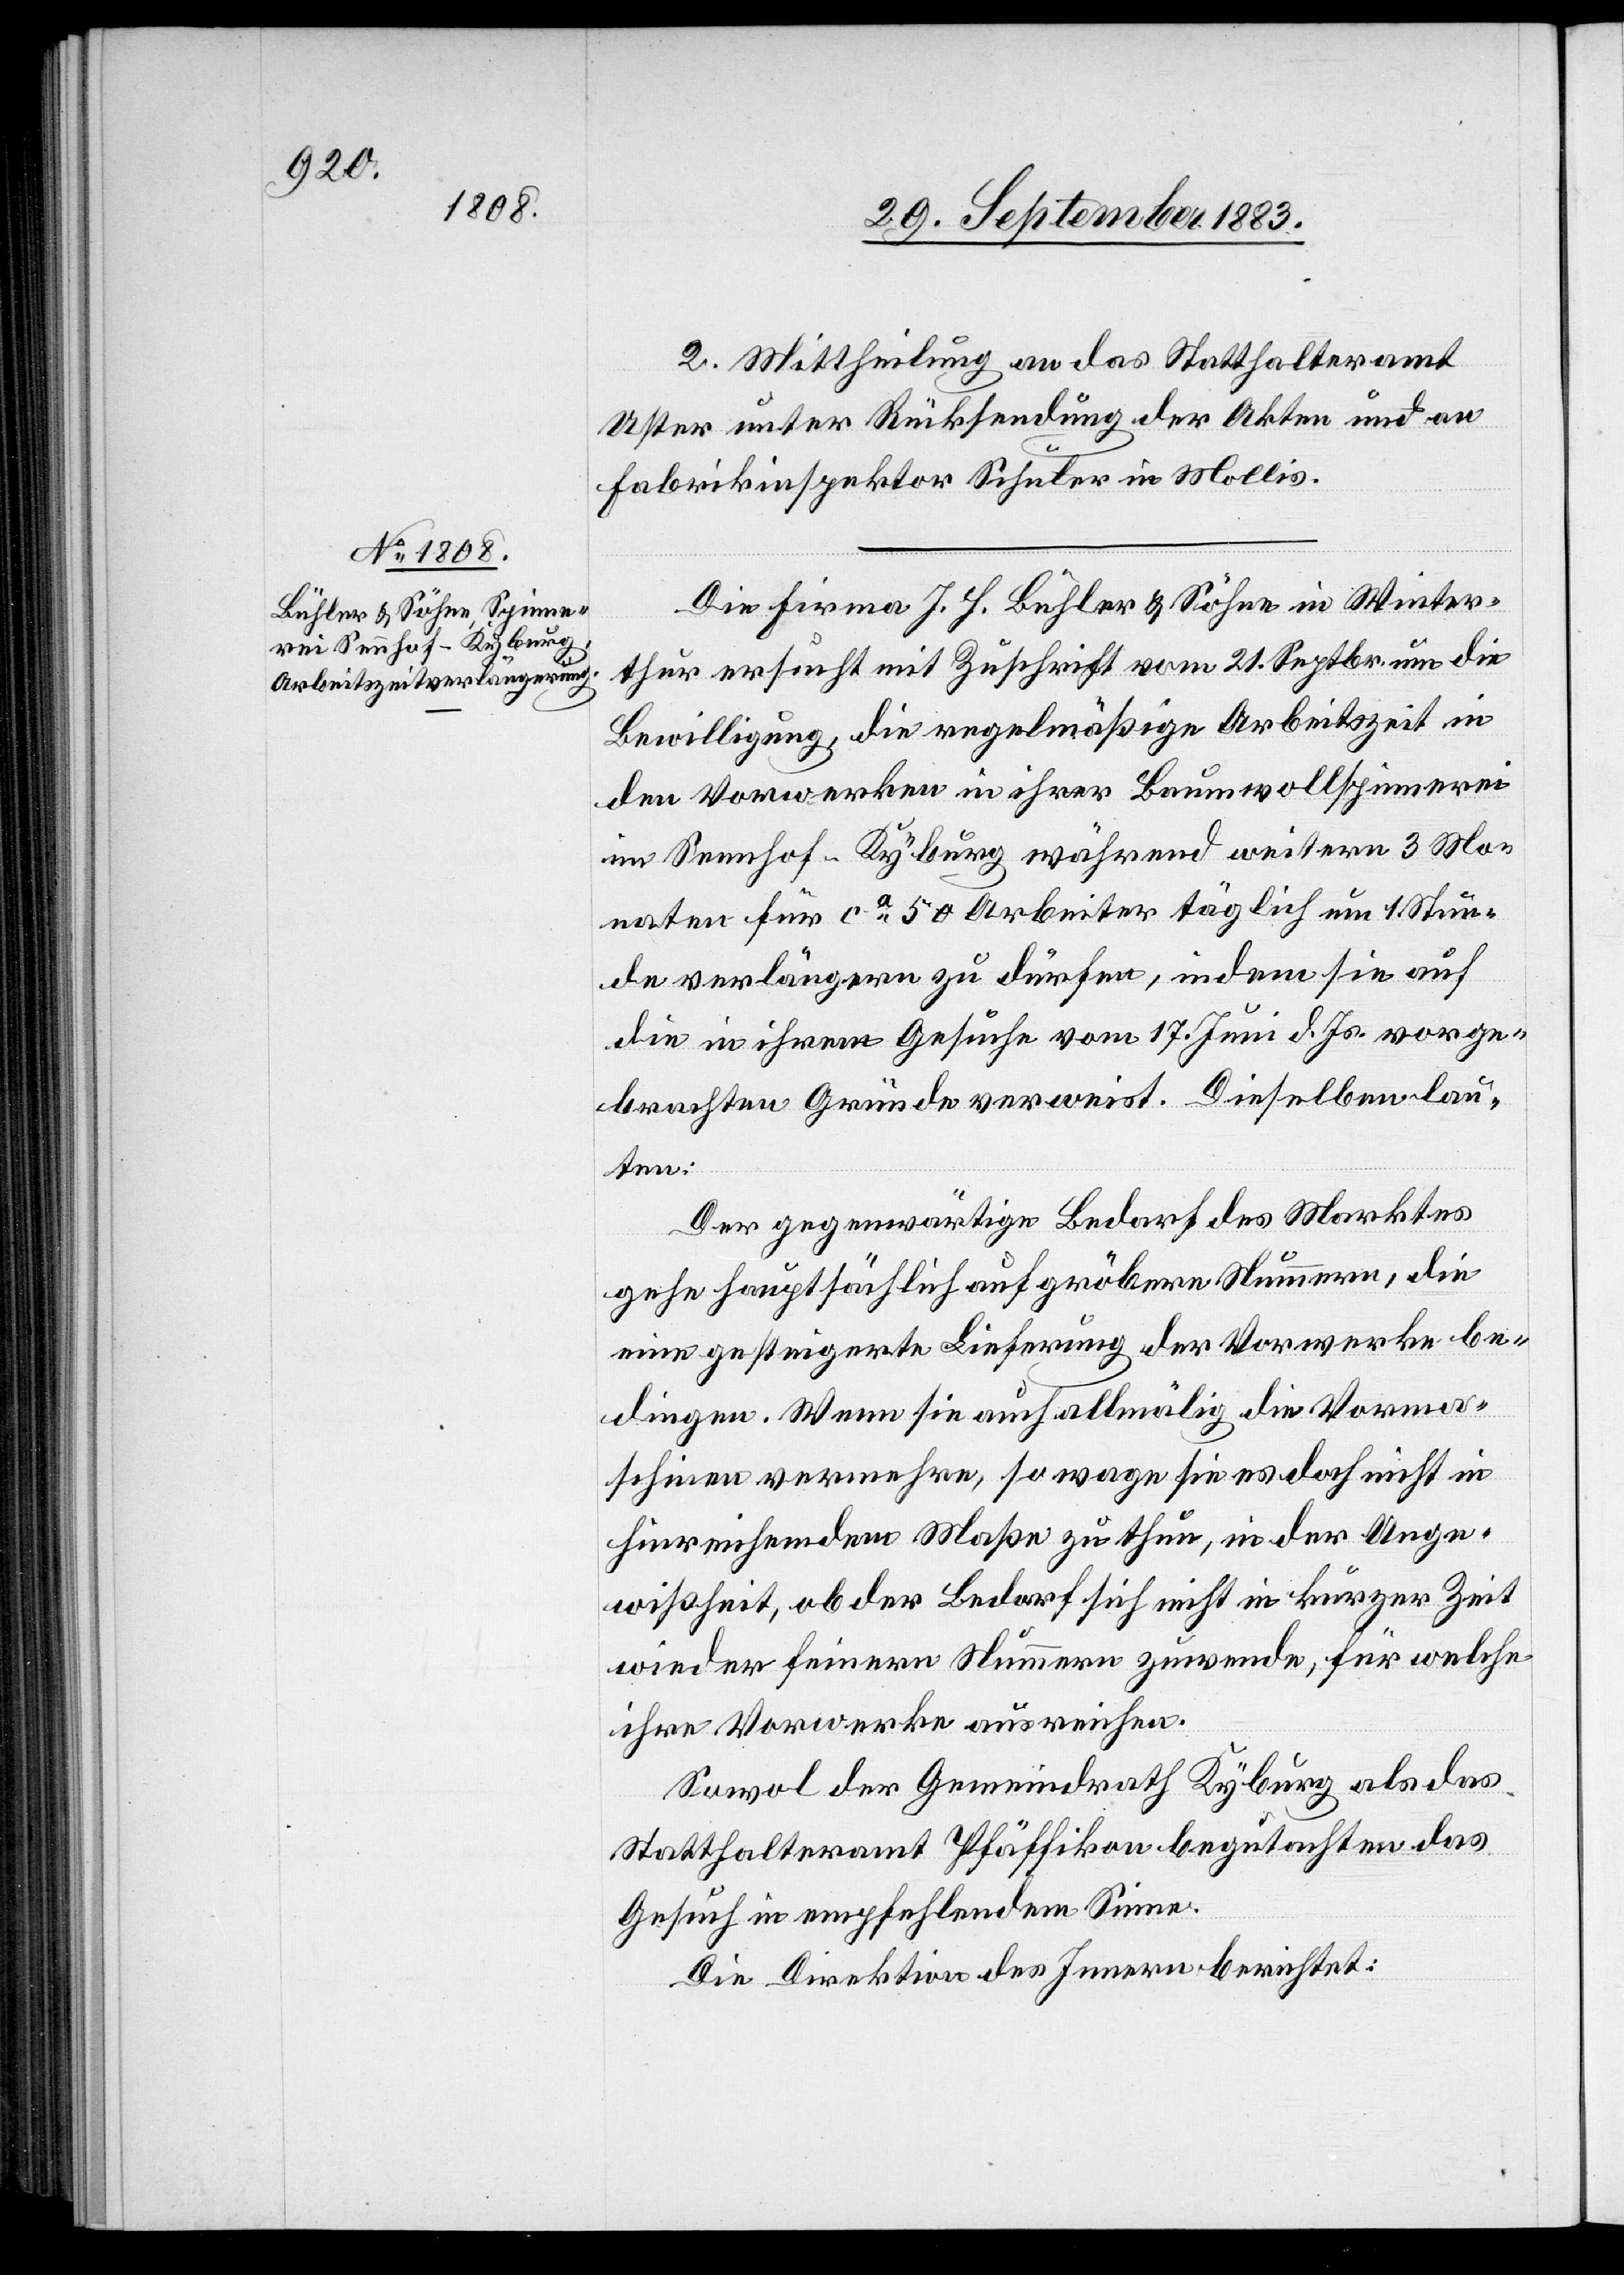
2. Mittheilung an das Statthalteramt
Uster unter Rücksendung der Akten und an
Fabrikinspektor Schuler in Mollis.
Die Firma J. H. Bühler & Söhne in Winter¬
thur ersucht mit Zuschrift vom 21. Septbr. um die
Bewilligung, die regelmäßige Arbeitszeit in
den Vorwerken in ihrer Baumwollspinnerei
im Sennhof - Kyburg während weitern 3 Mo¬
naten für ca 50 Arbeiter täglich um 1 Stun¬
de verlängern zu dürfen, indem sie auf
die in ihrem Gesuche vom 17. Juni d. Js. vorge¬
brachten Gründe verweist. Dieselben lau¬
ten:
Der gegenwärtige Bedarf des Marktes
gehe hauptsächlich auf gröbere Nummern, die
eine gesteigerte Lieferung der Vorwerke be¬
dingen. Wenn sie auch allmälig die Vorma¬
schinen vermehren, so wage sie es doch nicht in
hinreichendem Maße zu thun, in der Unge¬
wißheit, ob der Bedarf sich nicht in kurzer Zeit
wieder feinern Nummern zuwende, für welche
ihre Vorwerke ausreichen.
Sowol der Gemeindrath Kyburg als das
Statthalteramt Pfäffikon begutachten das
Gesuch in empfehlendem Sinne.
Die Direktion des Innern berichtet: